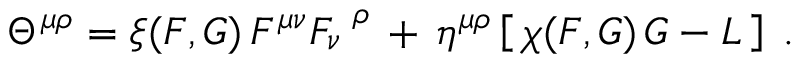
\begin{array} { r } { \Theta ^ { \mu \rho } = \xi ( { \cal F } , { \cal G } ) \, F ^ { \mu \nu } F _ { \nu } ^ { \; \; \rho } \, + \, \eta ^ { \mu \rho } \left[ \, \chi ( { \cal F } , { \cal G } ) \, { \cal G } - { \cal L } \, \right] \; . } \end{array}